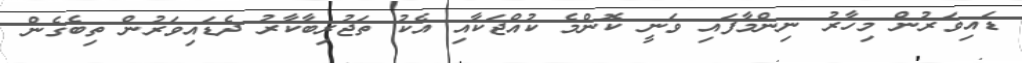
ޑައިވަރުން މިހާރު ނިންމާފައި ވަނީ ކޮންމެ ކުއްޖަކާއި އެކު ތަޖުރިބާކާރު ދެޑައިވަރުން ތިބެގެން